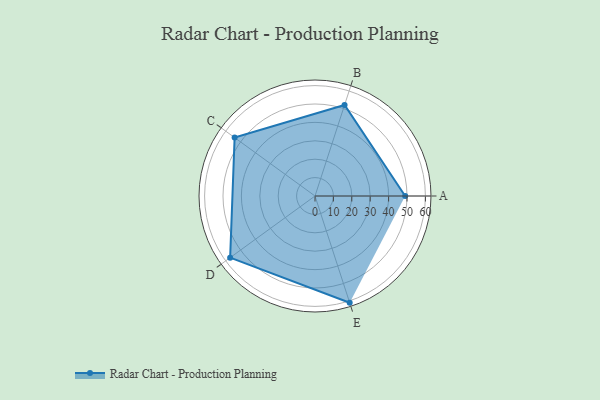
{"axis": {"x": "Skill", "y": "Score"}, "legend": ["Profile"], "data": [{"x": "A", "y": 49.0, "type": "Profile"}, {"x": "B", "y": 52.0, "type": "Profile"}, {"x": "C", "y": 54.0, "type": "Profile"}, {"x": "D", "y": 57.0, "type": "Profile"}, {"x": "E", "y": 61.0, "type": "Profile"}]}